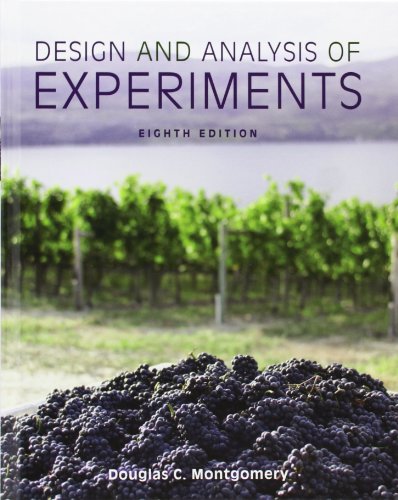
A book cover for Design and Analysis of Experiments; Douglas C. Montgomery; Engineering & Transportation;